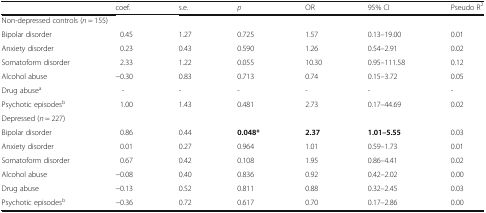
<table><thead><tr><td></td><td><b>coef.</b></td><td><b>s.e.</b></td><td><b><i>p</i></b></td><td><b>OR</b></td><td><b>95% CI</b></td><td><b>Pseudo R<sup>2</sup></b></td></tr></thead><tbody><tr><td colspan="7">Non-depressed controls (<i>n</i> = 155)</td></tr><tr><td>Bipolar disorder</td><td>0.45</td><td>1.27</td><td>0.725</td><td>1.57</td><td>0.13–19.00</td><td>0.01</td></tr><tr><td>Anxiety disorder</td><td>0.23</td><td>0.43</td><td>0.590</td><td>1.26</td><td>0.54–2.91</td><td>0.02</td></tr><tr><td>Somatoform disorder</td><td>2.33</td><td>1.22</td><td>0.055</td><td>10.30</td><td>0.95–111.58</td><td>0.12</td></tr><tr><td>Alcohol abuse</td><td>−0.30</td><td>0.83</td><td>0.713</td><td>0.74</td><td>0.15–3.72</td><td>0.05</td></tr><tr><td>Drug abuse<sup>a</sup></td><td>-</td><td>-</td><td>-</td><td>-</td><td>-</td><td>-</td></tr><tr><td>Psychotic episodes<sup>b</sup></td><td>1.00</td><td>1.43</td><td>0.481</td><td>2.73</td><td>0.17–44.69</td><td>0.02</td></tr><tr><td colspan="7">Depressed (<i>n</i> = 227)</td></tr><tr><td>Bipolar disorder</td><td>0.86</td><td>0.44</td><td><b>0.048*</b></td><td><b>2.37</b></td><td><b>1.01–5.55</b></td><td>0.03</td></tr><tr><td>Anxiety disorder</td><td>0.01</td><td>0.27</td><td>0.964</td><td>1.01</td><td>0.59–1.73</td><td>0.01</td></tr><tr><td>Somatoform disorder</td><td>0.67</td><td>0.42</td><td>0.108</td><td>1.95</td><td>0.86–4.41</td><td>0.02</td></tr><tr><td>Alcohol abuse</td><td>−0.08</td><td>0.40</td><td>0.836</td><td>0.92</td><td>0.42–2.02</td><td>0.00</td></tr><tr><td>Drug abuse</td><td>−0.13</td><td>0.52</td><td>0.811</td><td>0.88</td><td>0.32–2.45</td><td>0.03</td></tr><tr><td>Psychotic episodes<sup>b</sup></td><td>−0.36</td><td>0.72</td><td>0.617</td><td>0.70</td><td>0.17–2.86</td><td>0.00</td></tr></tbody></table>